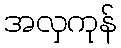
အလှကုန်